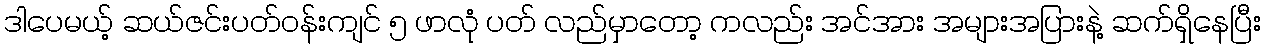
ဒါပေမယ့် ဆယ်ဇင်းပတ်ဝန်းကျင် ၅ ဖာလုံ ပတ် လည်မှာတော့ ကလည်း အင်အား အများအပြားနဲ့ ဆက်ရှိနေပြီး